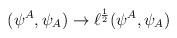
LaTeX: \begin{align*}(\psi^A,\psi_A) \rightarrow \ell^{1 \over 2}(\psi^A,\psi_A)\end{align*}